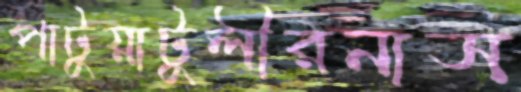
পাটুয়াটুলীরনাস